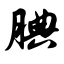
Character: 腆